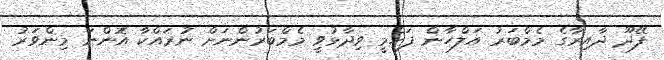
ފޭދޫ ދާއިރާގެ މެމްބަރު އަލްހާން ފަހްމީ ވިދާޅުވީ މެމްބަރުންނަށް ނުރައްކާ އޮންނަ މިންވަރު